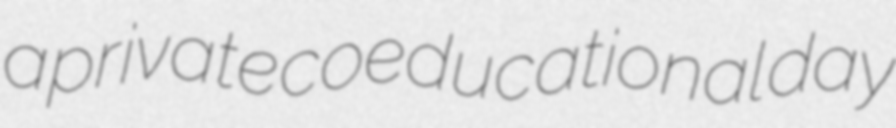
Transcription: a private coeducational day